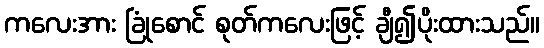
ကလေးအား ခြုံစောင် စုတ်ကလေးဖြင့် ချီ၍ပိုးထားသည်။